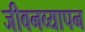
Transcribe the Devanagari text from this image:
जीवनव्यापन